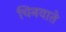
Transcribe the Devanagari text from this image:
चिनवाते